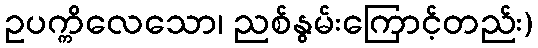
ဥပက္ကိလေသော၊ ညစ်နွမ်းကြောင့်တည်း)